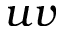
u v